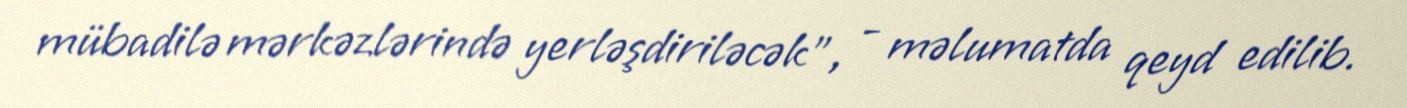
mübadilə mərkəzlərində yerləşdiriləcək", - məlumatda qeyd edilib.